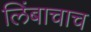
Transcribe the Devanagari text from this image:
लिंबाचाच